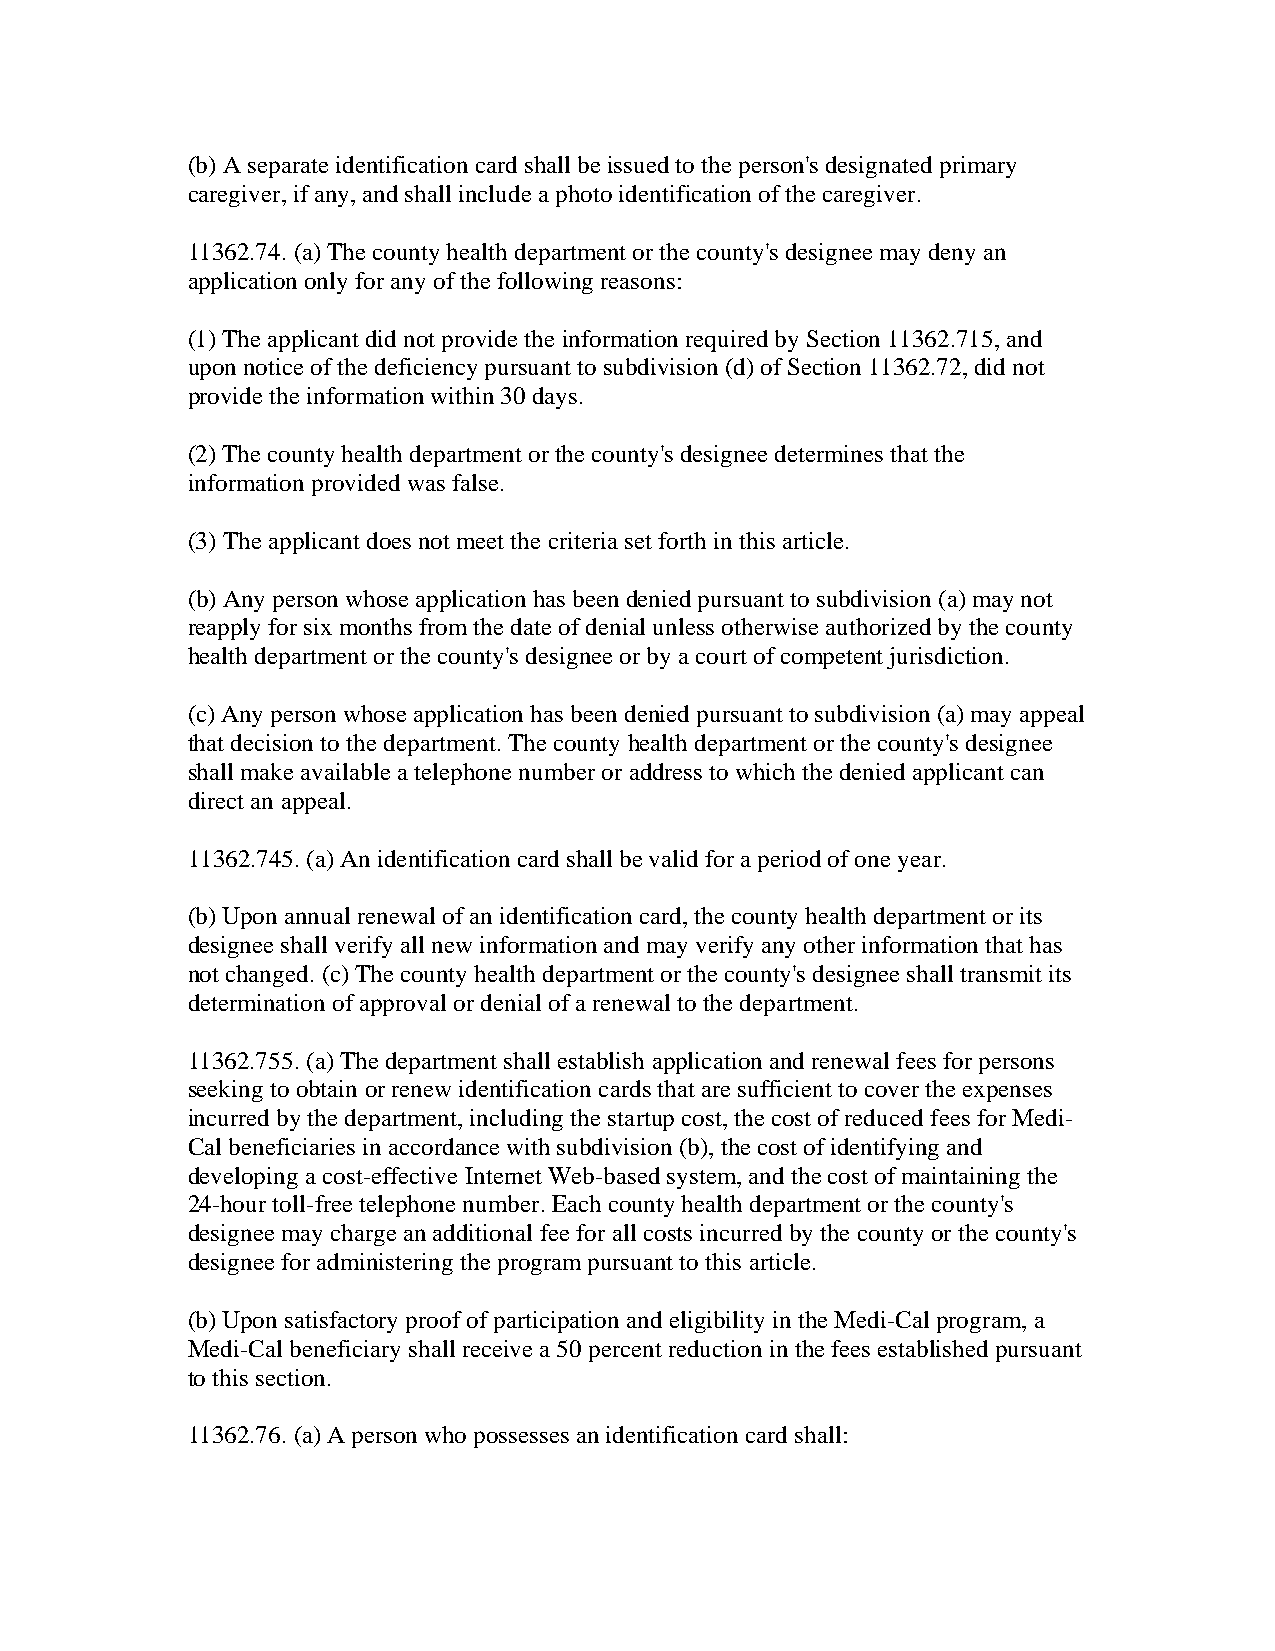
(b) A separate identification card shall be issued to the person's designated primary
 caregiver, if any, and shall include a photo identification of the caregiver.
 11362.74. (a) The county health department or the county's designee may deny an
 application only for any of the following reasons:
 (1) The applicant did not provide the information required by Section 11362.715, and
 upon notice of the deficiency pursuant to subdivision (d) of Section 11362.72, did not
 provide the information within 30 days.
 (2) The county health department or the county's designee determines that the
 information provided was false.
 (3) The applicant does not meet the criteria set forth in this article.
 (b) Any person whose application has been denied pursuant to subdivision (a) may not
 reapply for six months from the date of denial unless otherwise authorized by the county
 health department or the county's designee or by a court of competent jurisdiction.
 (c) Any person whose application has been denied pursuant to subdivision (a) may appeal
 that decision to the department. The county health department or the county's designee
 shall make available a telephone number or address to which the denied applicant can
 direct an appeal.
 11362.745. (a) An identification card shall be valid for a period of one year.
 (b) Upon annual renewal of an identification card, the county health department or its
 designee shall verify all new information and may verify any other information that has
 not changed. (c) The county health department or the county's designee shall transmit its
 determination of approval or denial of a renewal to the department.
 11362.755. (a) The department shall establish application and renewal fees for persons
 seeking to obtain or renew identification cards that are sufficient to cover the expenses
 incurred by the department, including the startup cost, the cost of reduced fees for Medi-
 Cal beneficiaries in accordance with subdivision (b), the cost of identifying and
 developing a cost-effective Internet Web-based system, and the cost of maintaining the
 24-hour toll-free telephone number. Each county health department or the county's
 designee may charge an additional fee for all costs incurred by the county or the county's
 designee for administering the program pursuant to this article.
 (b) Upon satisfactory proof of participation and eligibility in the Medi-Cal program, a
 Medi-Cal beneficiary shall receive a 50 percent reduction in the fees established pursuant
 to this section.
 11362.76. (a) A person who possesses an identification card shall: